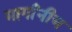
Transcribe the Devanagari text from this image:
मार्गांनीच